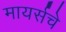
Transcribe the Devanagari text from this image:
मायर्सचे